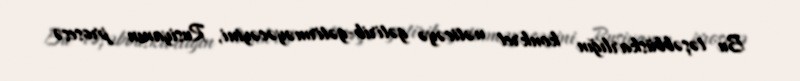
Bu təşəbbüskarlığın konkret nəticəyə gətirib-gətirməyəcəyini, Rusiyanın prosesə